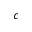
c